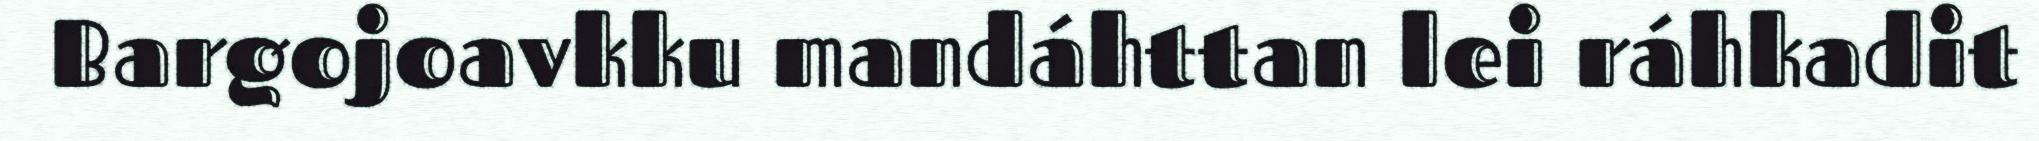
Bargojoavkku mandáhttan lei ráhkadit